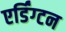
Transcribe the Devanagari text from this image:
एर्डिंग्टन